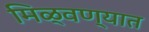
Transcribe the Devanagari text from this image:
मिळ्वण्यात